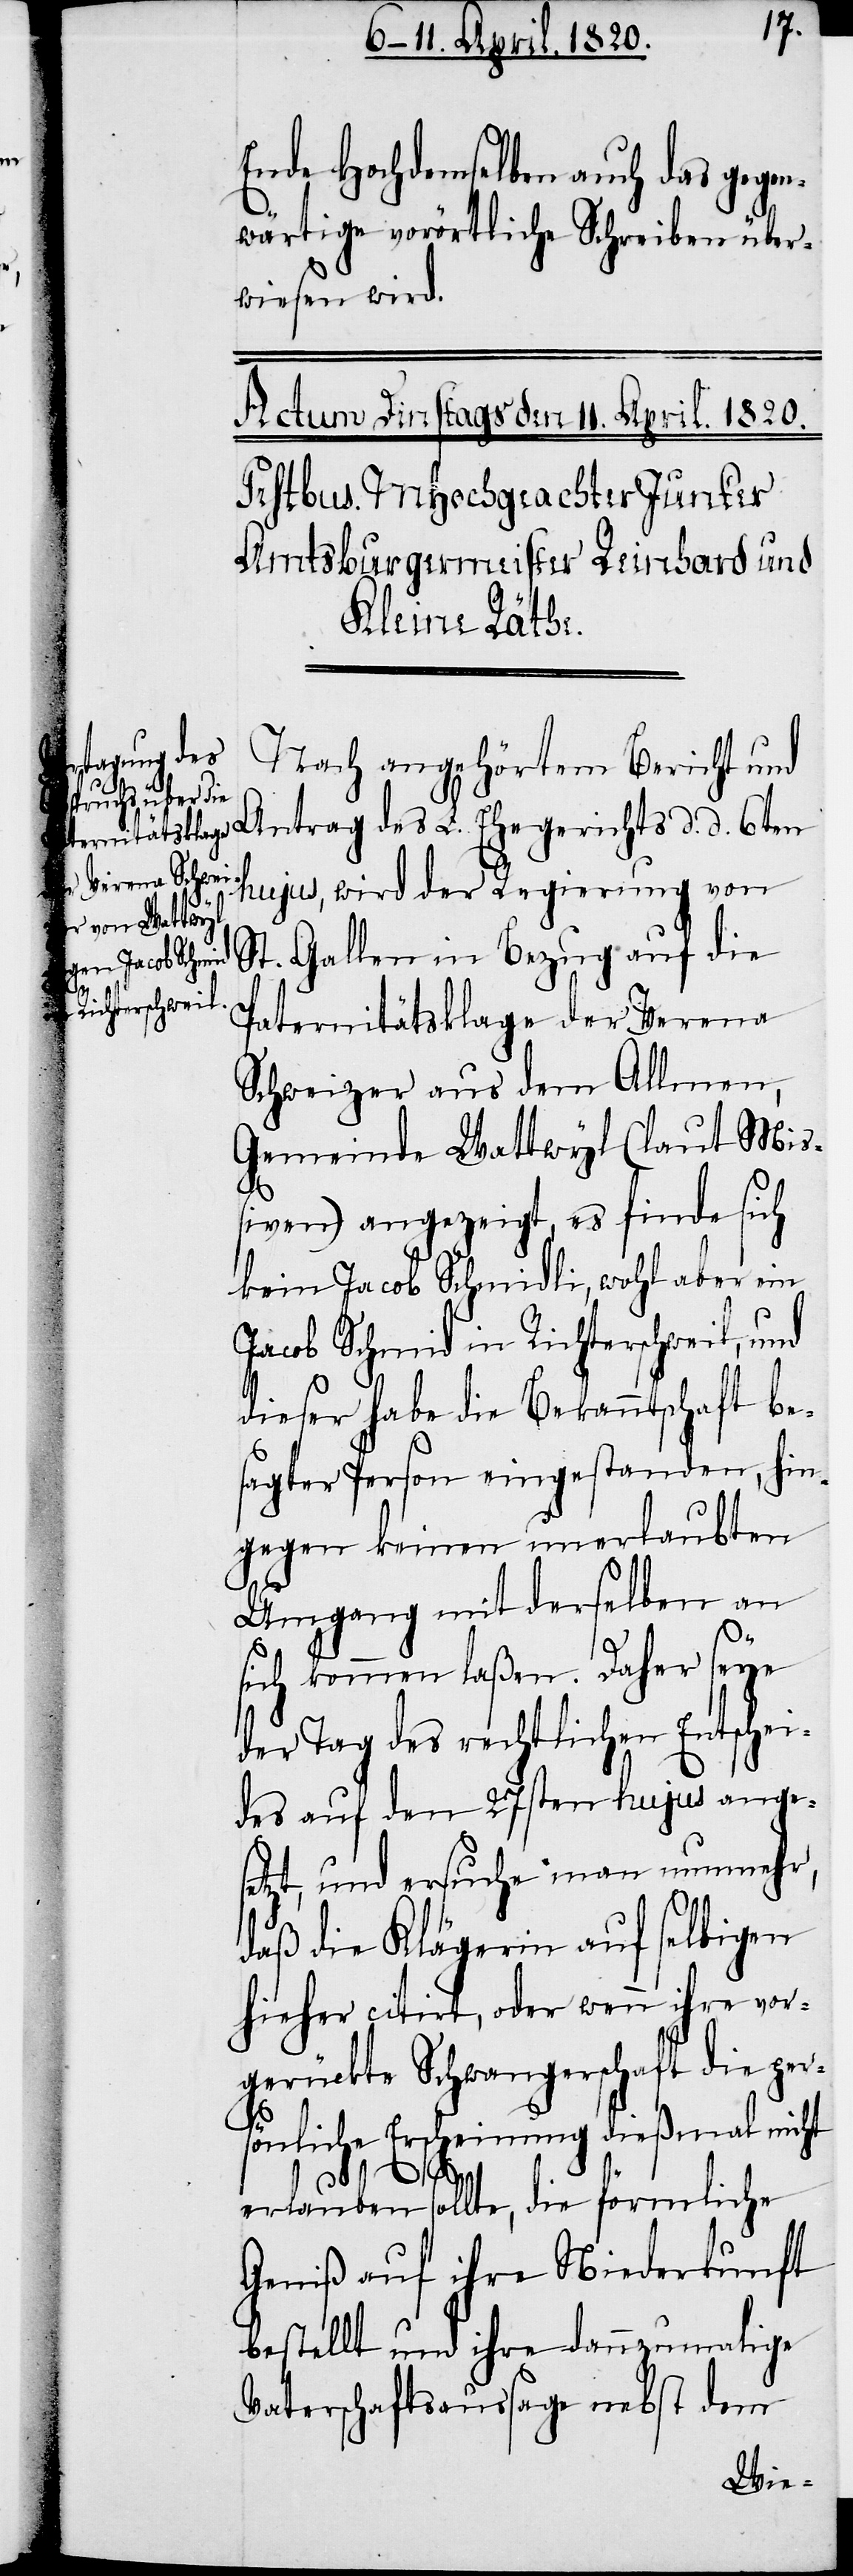
Ende Hochdemselben auch das gegen¬
wärtige vorörtliche Schreiben über¬
wiesen wird.
Nach angehörtem Bericht und
Antrag des L. Ehegerichts d. d. 6ten
hujus, wird der Regierung von
St. Gallen in Bezug auf die
Paternitätsklage der Verena
Schweizer aus dem Allmen,
Gemeinde Wattwyl (laut Miß¬
iven) angezeigt, es finde sich
kein Jacob Schmidli, wohl aber ein
Jacob Schmid in Richterschweil, und
dieser habe die Bekanntschaft be¬
sagter Person eingestanden, hin¬
gegen keinen unerlaubten
Umgang mit derselben an
sich kommen laßen. Daher seye
der Tag des rechtlichen Entschei¬
des auf den 27sten hujus ange¬
setzt, und ersuche man nunmehr,
daß die Klägerin auf selbigen
hieher citirt, oder wenn ihre vor¬
gerückte Schwangerschaft die pers¬
önliche Erscheinung dießmal nicht
erlauben sollte, die förmliche
Geniß auf ihre Niederkunft
bestellt und ihre dann zumalige
Vaterschaftsaussage nebst dem